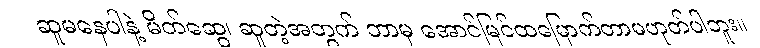
ဆူမနေပါနဲ့ မိတ်ဆွေ၊ ဆူတဲ့အတွက် ဘာမှ အောင်မြင်ထမြောက်တာမဟုတ်ပါဘူး။